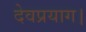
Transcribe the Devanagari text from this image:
देवप्रयाग।